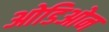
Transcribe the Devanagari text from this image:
ओडिओन